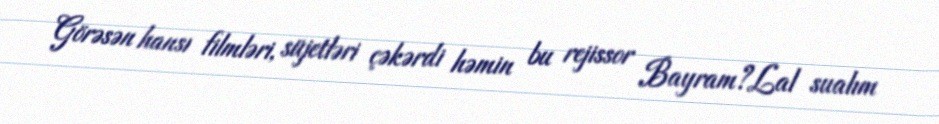
Görəsən hansı filmləri, süjetləri çəkərdi həmin bu rejissor Bayram?Lal sualım